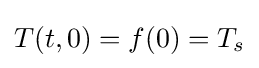
T(t,0)=f(0)=T_{s}